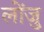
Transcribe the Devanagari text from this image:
लोंजु